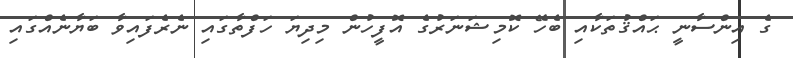
ގެ އިންސާނީ ޙައްޤުތަކާއި ބެހޭ ކޮމިޝަނަރުގެ އޮފީހުން މިދިޔަ ހަފްތާގައި ނެރެފައިވާ ބަޔާނެއްގައި